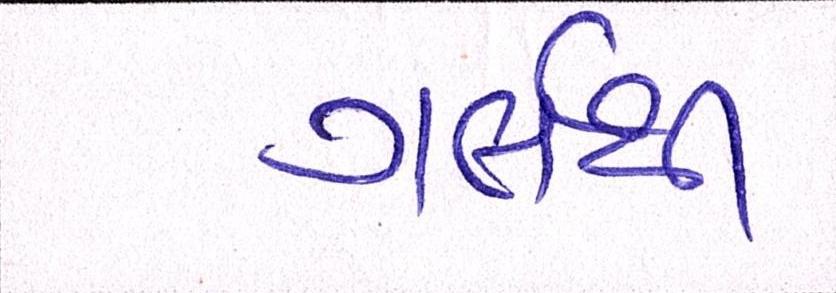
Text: ગર્લથી